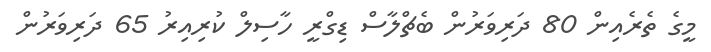
މީގެ ތެރެއިން 80 ދަރިވަރުން ބެޗްލާސް ޑިގްރީ ހާސިލް ކުރިއިރު 65 ދަރިވަރުން